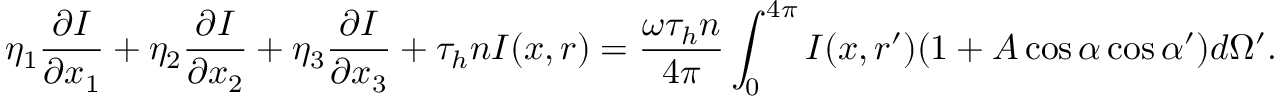
\eta _ { 1 } \frac { \partial I } { \partial x _ { 1 } } + \eta _ { 2 } \frac { \partial I } { \partial x _ { 2 } } + \eta _ { 3 } \frac { \partial I } { \partial x _ { 3 } } + \tau _ { h } n I ( \boldsymbol { x } , \boldsymbol { r } ) = \frac { \omega \tau _ { h } n } { 4 \pi } \int _ { 0 } ^ { 4 \pi } I ( \boldsymbol { x } , \boldsymbol { r } ^ { \prime } ) ( 1 + A \cos { \alpha } \cos { \alpha ^ { \prime } } ) d \Omega ^ { \prime } .